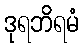
ဒုရဘိရမံ